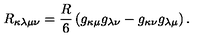
R _ { \kappa \lambda \mu \nu } = \frac { R } { 6 } \left( g _ { \kappa \mu } g _ { \lambda \nu } - g _ { \kappa \nu } g _ { \lambda \mu } \right) .